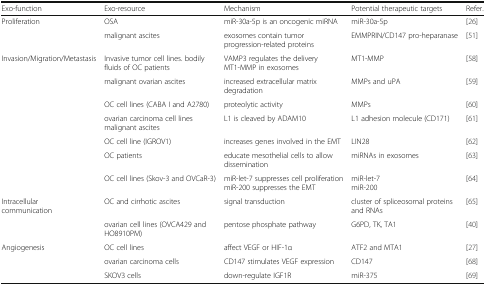
<table><thead><tr><td><b>Exo-function</b></td><td><b>Exo-resource</b></td><td><b>Mechanism</b></td><td><b>Potential therapeutic targets</b></td><td><b>Refer.</b></td></tr></thead><tbody><tr><td rowspan="2">Proliferation</td><td>OSA</td><td>miR-30a-5p is an oncogenic miRNA</td><td>miR-30a-5p</td><td>[26]</td></tr><tr><td>malignant ascites</td><td>exosomes contain tumor progression-related proteins</td><td>EMMPRIN/CD147 pro-heparanase</td><td>[51]</td></tr><tr><td rowspan="7">Invasion/Migration/Metastasis</td><td>Invasive tumor cell lines. bodily fluids of OC patients</td><td>VAMP3 regulates the delivery MT1-MMP in exosomes</td><td>MT1-MMP</td><td>[58]</td></tr><tr><td>malignant ovarian ascites</td><td>increased extracellular matrix degradation</td><td>MMPs and uPA</td><td>[59]</td></tr><tr><td>OC cell lines (CABA I and A2780)</td><td>proteolytic activity</td><td>MMPs</td><td>[60]</td></tr><tr><td>ovarian carcinoma cell lines malignant ascites</td><td>L1 is cleaved by ADAM10</td><td>L1 adhesion molecule (CD171)</td><td>[61]</td></tr><tr><td>OC cell line (IGROV1)</td><td>increases genes involved in the EMT</td><td>LIN28</td><td>[62]</td></tr><tr><td>OC patients</td><td>educate mesothelial cells to allow dissemination</td><td>miRNAs in exosomes</td><td>[63]</td></tr><tr><td>OC cell lines (Skov-3 and OVCaR-3)</td><td>miR-let-7 suppresses cell proliferation miR-200 suppresses the EMT</td><td>miR-let-7miR-200</td><td>[64]</td></tr><tr><td rowspan="2">Intracellular communication</td><td>OC and cirrhotic ascites</td><td>signal transduction</td><td>cluster of spliceosomal proteins and RNAs</td><td>[65]</td></tr><tr><td>ovarian cell lines (OVCA429 and HO8910PM)</td><td>pentose phosphate pathway</td><td>G6PD, TK, TA1</td><td>[40]</td></tr><tr><td rowspan="3">Angiogenesis</td><td>OC cell lines</td><td>affect VEGF or HIF-1α</td><td>ATF2 and MTA1</td><td>[27]</td></tr><tr><td>ovarian carcinoma cells</td><td>CD147 stimulates VEGF expression</td><td>CD147</td><td>[68]</td></tr><tr><td>SKOV3 cells</td><td>down-regulate IGF1R</td><td>miR-375</td><td>[69]</td></tr></tbody></table>